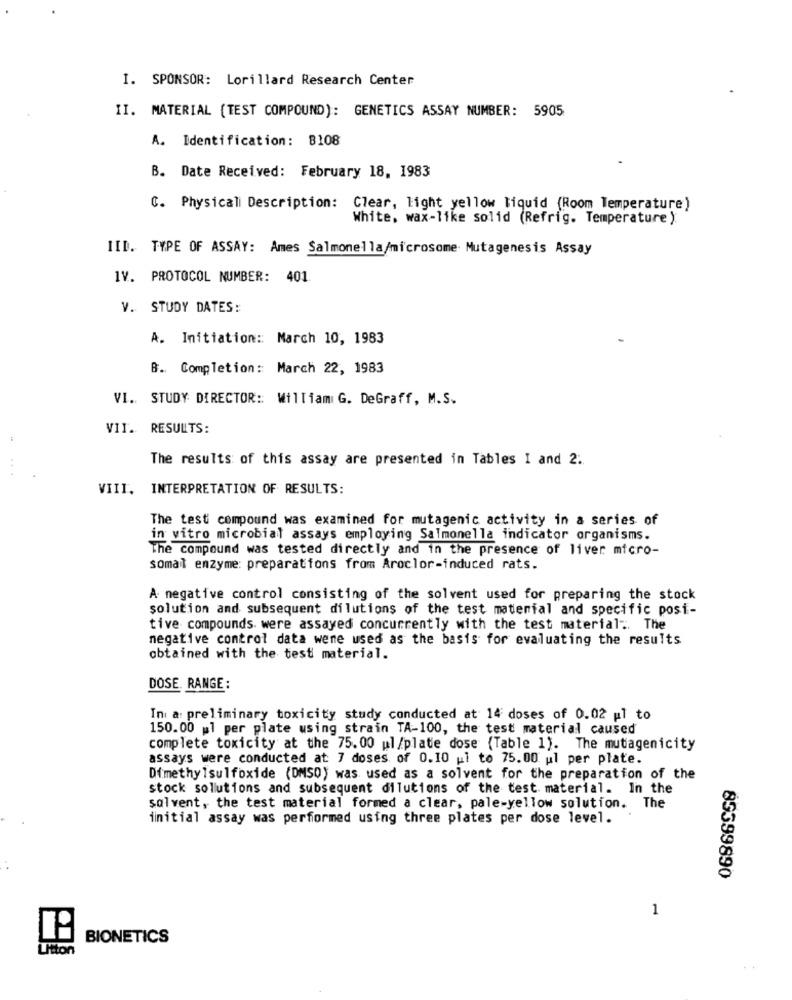
I. SPONSOR: Lorillard Research Center
II. MATERIAL (TEST COMPOUND): GENETICS ASSAY NUMBER: 5905
A. Identification: 8108
B. Date Received: February 18, 1983
C. Physicali Description: Clear, light yellow liquid (Room Temperature)
White, wax-like solid (Refrig. Temperature ):
IID. TYPE OF ASSAY: Ames Salmonella/microsome Mutagenesis Assay
IV. PROTOCOL NUMBER: 401.
V. STUDY DATES:
A. Initiation: March 10, 1983
B. Completion: March 22, 1983
VI. STUDY DIRECTOR :: William G. DeGraff, M.S.
VII. RESULTS:
The results of this assay are presented in Tables I and 2.
VIII, INTERPRETATION OF RESULTS:
The test compound was examined for mutagenic activity in a series of
in vitro microbial assays employing Salmonella indicator organisms.
The compound was tested directly and in the presence of liver micro-
somal enzyme: preparations from Aroclor-induced rats.
A negative control consisting of the solvent used for preparing the stock
solution and subsequent dilutions of the test material and specific posi-
tive compounds. were assayed concurrently with the test material .. The
negative control data wene used as the basis for evaluating the results
obtained with the test material.
DOSE. RANGE:
Ini a: preliminary toxicity study conducted at 14 doses of 0.02 pl to
150.00 ml per plate using strain TA-100, the test material caused
complete toxicity at the 75.00 ul/plate dose (Table 1). The mutagenicity
assays were conducted at 7 doses of 0.10 ul to 75.00 ul per plate.
Dimethylsulfoxide (DMSD) was used as a solvent for the preparation of the
stock solutions and subsequent dilutions of the test material. In the
solvent, the test material formed a clear, pale-yellow solution. The
initial assay was performed using three plates per dose level.
85399890
1
BIONETICS
Umton